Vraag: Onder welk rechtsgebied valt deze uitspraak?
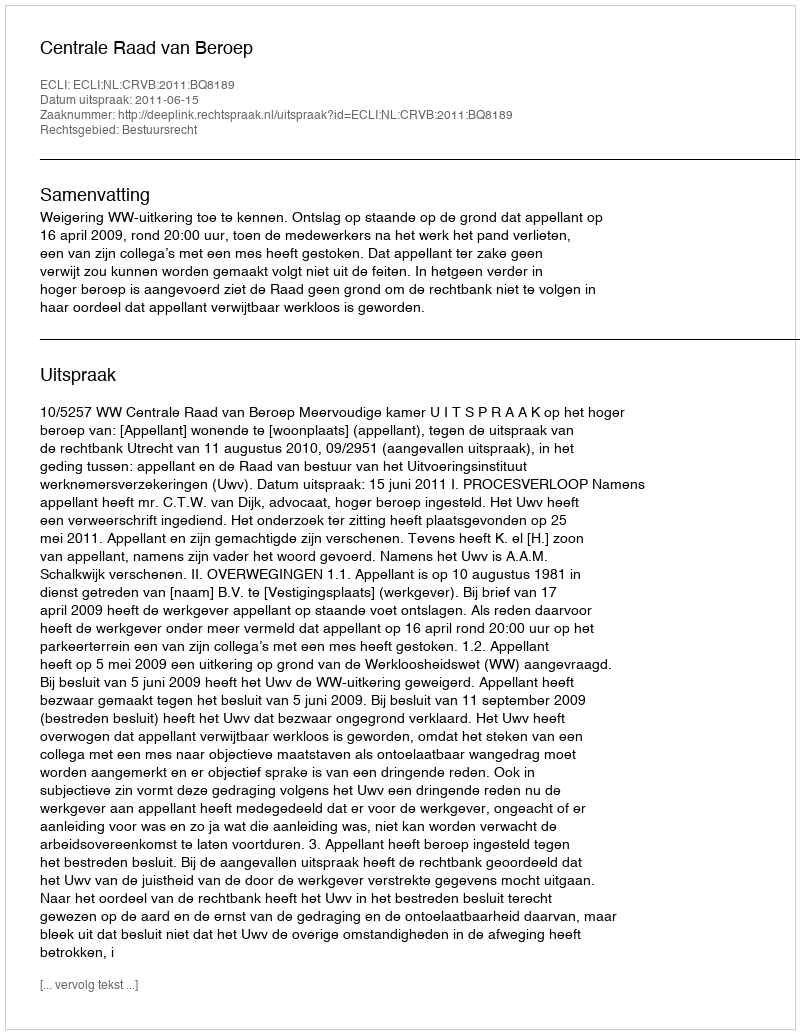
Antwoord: Bestuursrecht